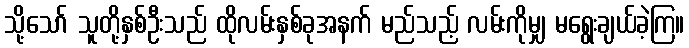
သို့သော် သူတို့နှစ်ဦးသည် ထိုလမ်းနှစ်ခုအနက် မည်သည့် လမ်းကိုမျှ မရွေးချယ်ခဲ့ကြ။